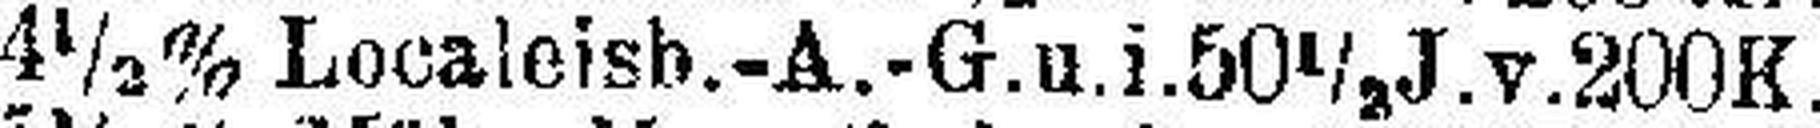
4½% Localeisb.-A.-G.u.i.50½ J.v. 200K.